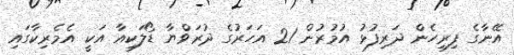
އޭނާގެ ފިރިހެން ދަރިފުޅު އުމުރުން 21 އަހަރުގެ ދުރަވްޔާ ޑޯލަކިއާ އަކީ އެމެރިކާގައި